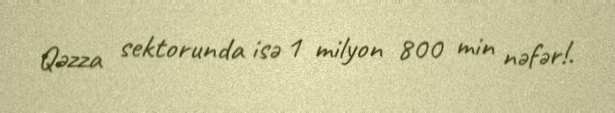
Qəzza sektorunda isə 1 milyon 800 min nəfər!.